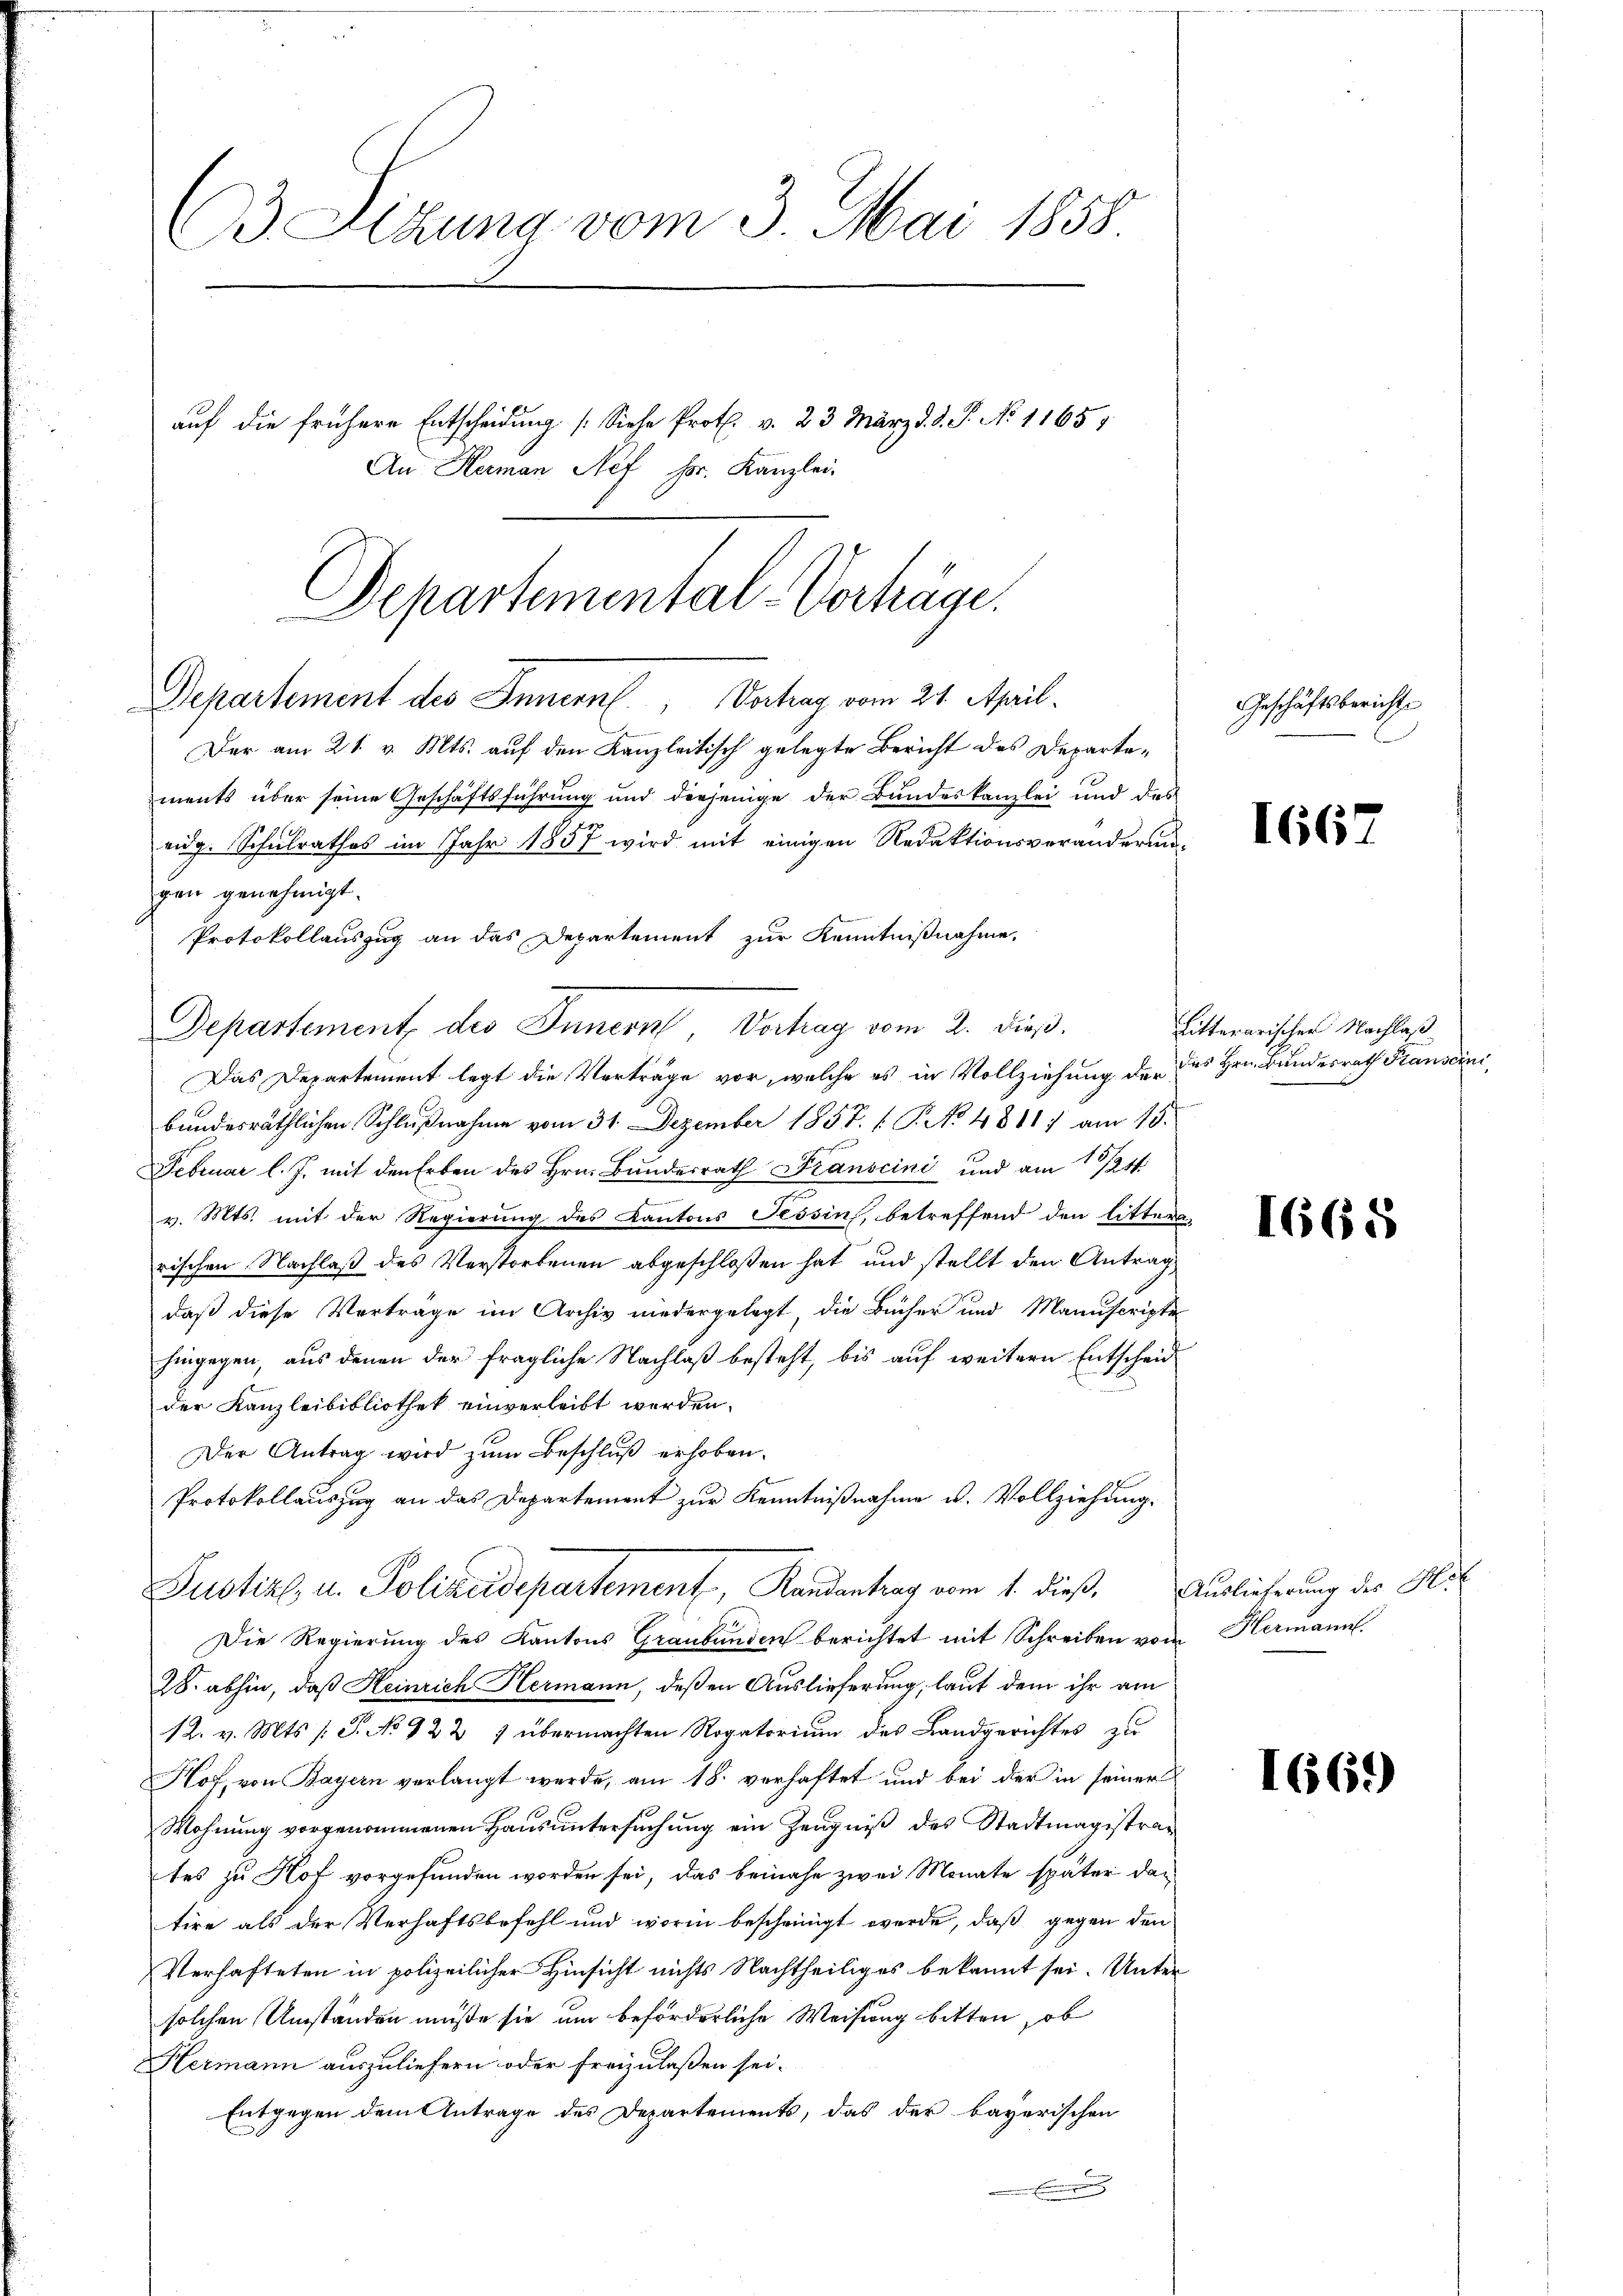
C Sizung vom 3. Mai 1858
auf die frühere Entscheidung (Siehe Prot. v. 23 März d. d. P. No 1165
An Herman Nef Fr. Kanzlei-

Departemental-Verhäge.
Departement des Innern, Vertrag vom 24. April.

Der am 21. v. Mts. auf den Kanzleitisch gelegte Bericht des Departements über seine Geschäftsführung und derjenige der Bundeskanzlei und des
eidg. Schulrathes im Jahr 1857 wird mit einigen Redaktionsveränderungen genehmigt.
Protokollauszug an das Departement zur Kenntnißnahme,
Departement des Innern, Verhag vom 2. dieß.
Das Departement legt die Vorträge vor, welche es in Vollziehung der des Hrn. Bundesrath Panscini,
bundesräthlichen Schlußnahme vom 31. Dezember 1857. 1. P. No 4811 ) am 15.
Februar l. J. mit den Erben des Hrn. Bundesrath Franscini und am 1/241.
e
v. Mts. mit der Regierung des Kantons Tessin, betreffend den littern-
rischen Nachlaß des Verstorbenen abgeschloßen hat und stellt den Antrag,
daß diese Vorträge im Archiv niedergelegt, die Bücher und Manuscripte
hingegen, aus denen der fragliche Nachlaß besteht, bis auf weitern Entscheid
der Kanzleibibliothek einverleibt werden.
Der Antrag wird zum Beschluß erhoben.
Protokollauszug an das Departement zur Kenntnißnahme u. Vollziehung.
Justiz u. Polizeidepartement, Randantrag vom 1. dieß, Auslieferung des Hil
Die Regierung des Kantons Graubünden berichtet mit Schreiben vom Hermann.
28. abhin, daß Heinrich Hermann, deßen Auslieferung, laut dem ihr am
12. v. Mts. (T. No 922 1 übermachten Rogatorium des Landgerichtes zu
Hof, von Bayern verlangt werde, am 18. verhaftet und bei der in seiner
Wohnung vorgenommenen Hausuntersuchung ein Zeugniß des Stadtmagistrates zu Hof vorgefunden worden sei, das beinahe zwei Monate später das
tire als der Verhaftsbefehl und worin bescheinigt werde, daß gegen den
Verhafteten in polizeilicher Hinsicht nichts Nachtheiliges bekannt sei. Unter
solchen Umständen müße sie um beförderliche Weisung bitten, ob
Hermann auszuliefern oder freizulaßen sei.
Entgegen dem Antrage des Departements, das der bayerischen
E

Geschäftsbericht

1667

Litterarischer Nachlaß

1665

1666)